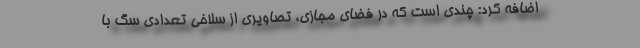
اضافه کرد: چندی است که در فضای مجازی، تصاویری از سلاخی تعدادی سگ با